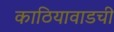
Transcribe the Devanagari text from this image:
काठियावाडची